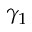
\gamma _ { 1 }